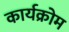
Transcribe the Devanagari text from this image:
कार्यक्रोम